Civil Veterinary Dept. North-West Frontier Province 1901-22 - 1901-1922
Year: 1901
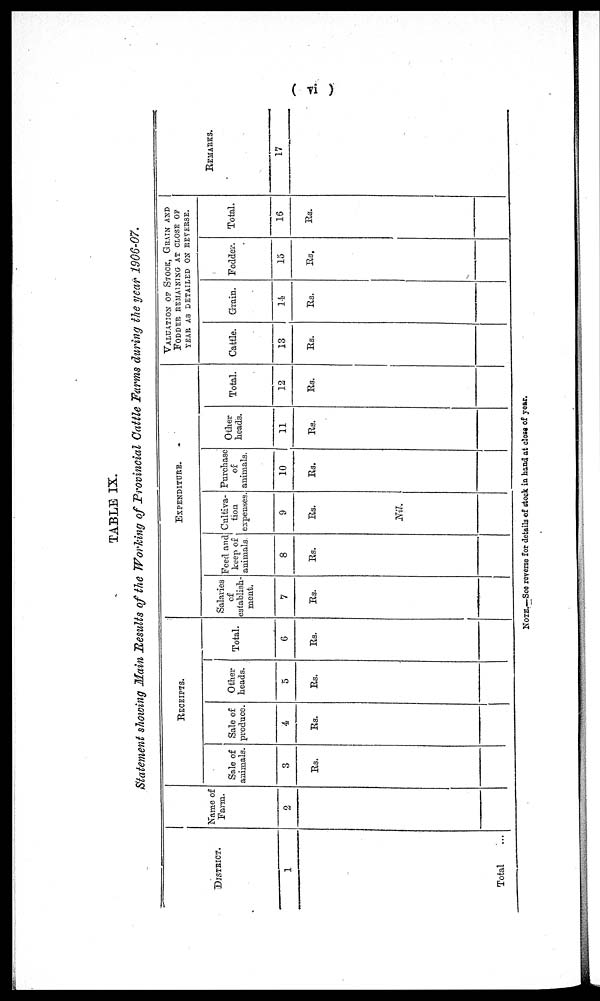
(vi)
TABLE IX.
Statement showing Main Results of the Working of Provincial Cattle Farms during the year 1906-07.
DISTRICT.
1
Total ...
Name of
Farm.
2
RECEIPTS.
Sale of
animals.
3
Rs.
Sale of
produce.
4
Rs.
Other
heads.
5
Rs.
Total.
6
Rs.
EXPENDITURE.
Salaries
of
establish-
ment.
7
Rs.
Feed and
keep of
animals.
8
Rs.
Cultiva-
tion
expenses.
9
Rs.
Nil.
Purchase
of
animals.
10
Rs.
Other
heads.
11
Rs.
Total.
12
Rs.
VALUATION OF STOCK, GRAIN AND
FODDER REMAINING AT CLOSE OF
YEAR AS DETAILED ON REVERSE.
Cattle.
13
Rs.
Grain.
14
Rs.
Fodder.
15
Rs.
Total.
16
Rs.
REMARKS.
17
NOTE.—See reverse for details of stock in hand at close of year.